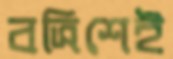
বত্রিশেই